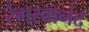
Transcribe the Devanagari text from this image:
रंगस्वानंद